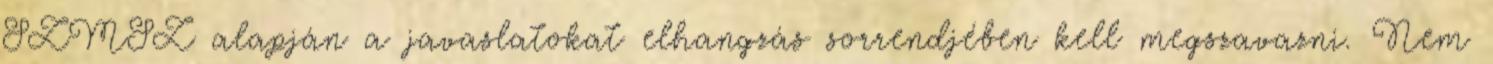
SZMSZ alapján a javaslatokat elhangzás sorrendjében kell megszavazni. Nem